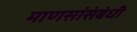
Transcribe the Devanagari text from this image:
माणसांसंबंधी